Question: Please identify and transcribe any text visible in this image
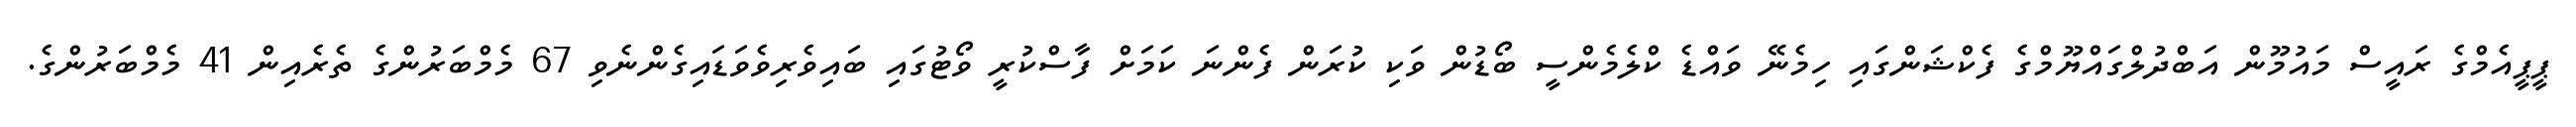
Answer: ޕީޕީއެމްގެ ރައީސް މައުމޫން އަބްދުލްގައްޔޫމްގެ ފެކްޝަންގައި ހިމެނޭ ވައްޑެ ކްލެމެންސީ ބޯޑުން ވަކި ކުރަން ފެންނަ ކަމަށް ފާސްކުރީ ވޯޓުގައި ބައިވެރިވެވަޑައިގެންނެވި 67 މެމްބަރުންގެ ތެރެއިން 41 މެމްބަރުންގެ.